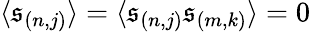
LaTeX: \langle\mathfrak{s}_{(n,j)}\rangle=\langle\mathfrak{s}_{(n,j)}\mathfrak{s}_{(m,k)}\rangle=0